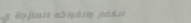
الخضار والفواكه الطازجة ي